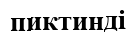
пиктинді